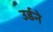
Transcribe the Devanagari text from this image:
उर्डने